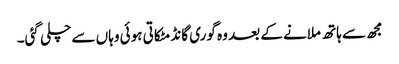
مجھ سے ہاتھ ملانے کے بعد وہ گوری گانڈ مٹکاتی ہوئی وہاں سے چلی گئی۔